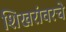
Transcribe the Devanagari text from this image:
शिखरांवरचे